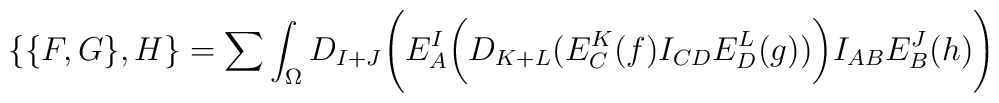
\{ \{ F,G \} ,H \}=\sum \int_{\Omega}D_{I+J}\Biggl( E^I_A\biggl( D_{K+L}\bigl( E^K_C(f)I_{CD}E^L_D(g)\bigr)\biggr) I_{AB}E^J_B(h)\Biggr)